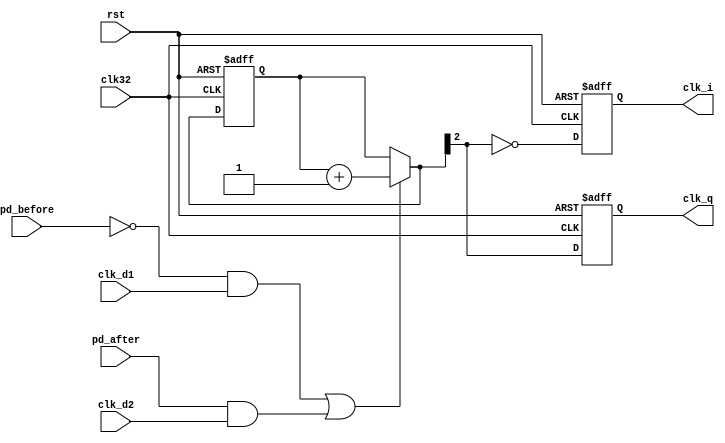
//controldivfreq.v
module controldivfreq(
	rst,clk32,clk_d1,clk_d2,pd_before,pd_after,
	clk_i,clk_q);
	
	input		rst;    //
	input		clk32;  //FPGA:32MHz
	input    clk_d1;  
	input    clk_d2;   
	input    pd_before;   
	input    pd_after;   
   output   clk_i;	  
   output   clk_q;

   wire gate_open,gate_close,clk_in;
	assign gate_open  = (~ pd_before) & clk_d1;
	assign gate_close = pd_after & clk_d2;
	//gate_opengate_close
	assign clk_in = gate_open | gate_close;
	
	reg clki,clkq;
	reg [2:0] c;
	always @(posedge clk32 or posedge rst)
	   if (rst)
		   begin
			   c = 0;
				clki <= 0;
				clkq <= 0;
			end
		else 
		   begin
			   if (clk_in)
				   c = c + 3'b001;
			   clki <= ~c[2];
				clkq <= c[2];
			end
			
   assign clk_i = clki;
	assign clk_q = clkq;
	
endmodule